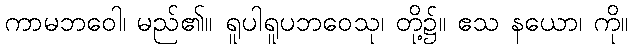
ကာမဘဝေါ၊ မည်၏။ ရူပါရူပဘဝေသု၊ တို့၌။ ဧသ နယော၊ ကို။